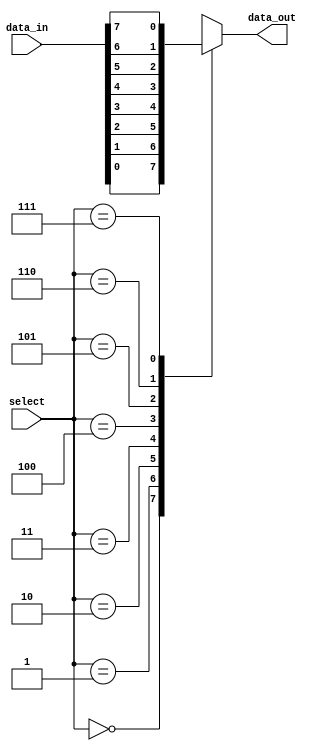
module multiplexer_8to1 (
    input [7:0] data_in,
    input [2:0] select,
    output reg data_out
);

always @(*)
begin
    case (select)
        3'b000: data_out = data_in[0];
        3'b001: data_out = data_in[1];
        3'b010: data_out = data_in[2];
        3'b011: data_out = data_in[3];
        3'b100: data_out = data_in[4];
        3'b101: data_out = data_in[5];
        3'b110: data_out = data_in[6];
        3'b111: data_out = data_in[7];
    endcase
end

endmodule